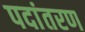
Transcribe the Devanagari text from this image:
पदांतरण